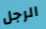
الرجل